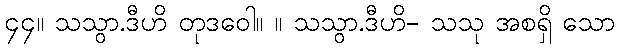
၄၄။ သသွာ.ဒီဟိ တုဒဝေါ။ ။ သသွာ.ဒီဟိ- သသု အစရှိ သော